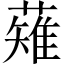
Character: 薙